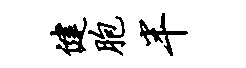
健胞半